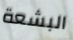
البشعة